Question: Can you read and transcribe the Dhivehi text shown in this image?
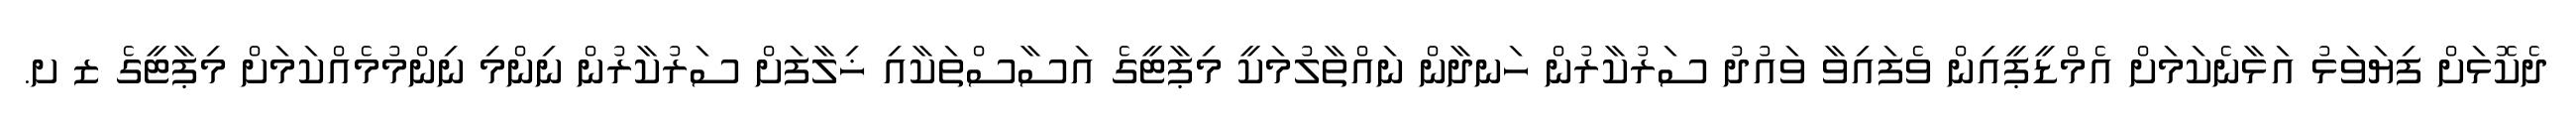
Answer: ދެކޮޅަށް ފިޔަވަޅު އަޅާނެކަމަށް އެމްޑީޕީއިން ވެފައިވާ ވައުދު ސަރުކާރުން ހަނދާން ނައްތާލުމަކީ މިޕާޓީގެ އަސާސްތަކާއި ޚިލާފަށް ސަރުކާރުން ނިންމި ނިންމުމެއްކަމަށް މިޕާޓީގެ ޒ ށ.